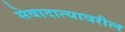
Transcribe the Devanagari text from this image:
सेवादात्यावरील